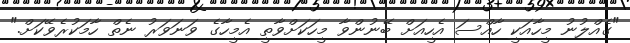
"ގެއްލުނު މީހާއަކީ ހާއްސަ އެހީއަށް ބޭނުންވާ މީހަކަށްވާތީ އެމީހާގެ ވަނަވަރު ނެތް ހާމަކުރެވޭކަށް."